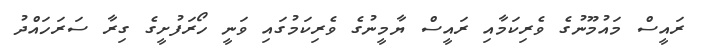
ރައީސް މައުމޫނުގެ ވެރިކަމާއި ރައީސް ޔާމީނުގެ ވެރިކަމުގައި ވަނީ ހޯރަފުށީގެ ގިރާ ސަރަހައްދު